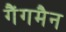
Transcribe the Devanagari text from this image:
गैंगमैन